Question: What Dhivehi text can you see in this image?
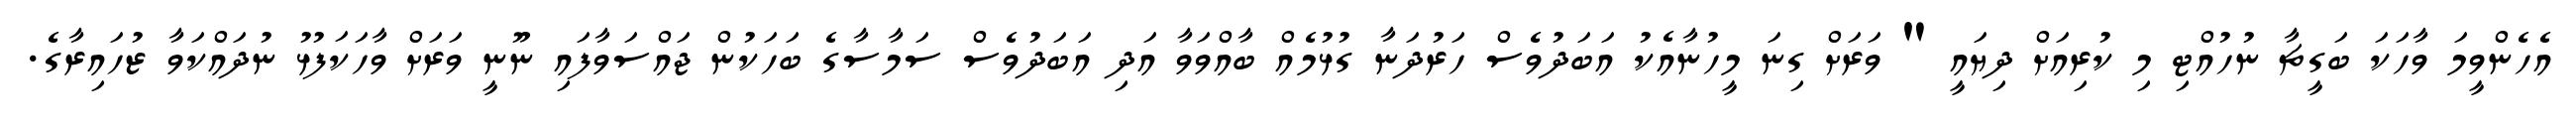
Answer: އެހެންވީމަ ވާހަކަ ބަގީޗާ ނުހުއްޓި މި ކުރިއަށް ދިޔައީ " ވަރަށް ގިނަ މީހުނާއެކު އަބަދުވެސް ހަރުދަނާ ގުޅުމެއް ބާއްވަވާ އަދި އަބަދުވެސް ސަމާސާގެ ބަހަކުން ޖައްސަވާފައި ނޫނީ ވަރަށް ވާހަކަފުޅު ނުދައްކަވާ ޒުހައިރާގެ.